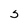
Character: 5